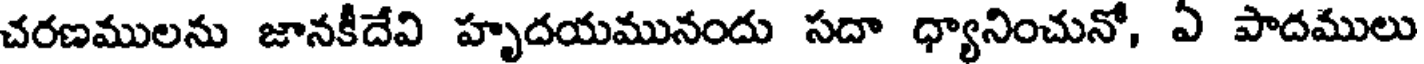
చరణములను జానకీదేవి హృదయమునందు సదా ధ్యానించునో, ఏ పాదములు